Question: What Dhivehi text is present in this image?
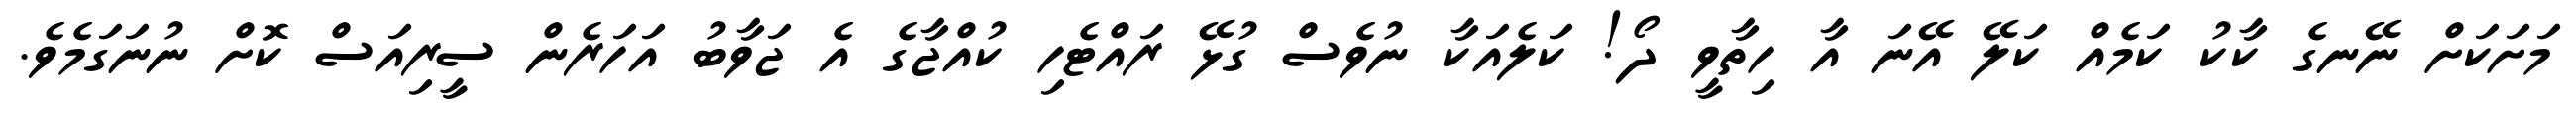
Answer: މަށަކަށް ނޭނގެ ކާކު ކަމެއް ކަލޭ އޭނަ އާ ހިތާވީ ދޯ! ކަލެއަކާ ނުވެސް ގުޅޭ ރައްޓެހި ކުއްޖާގެ އެ ޖަވާބު އަހަރެން ސީރިއަސް ކޮށް ނުނަގަމެވެ.